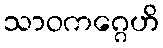
သာဝကဂ္ဂေဟိ